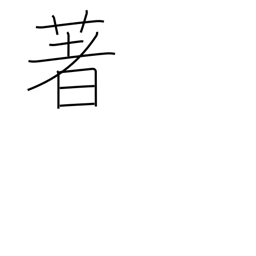
Meaning: renowned